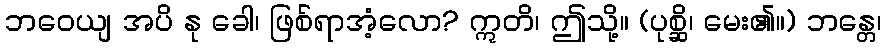
ဘဝေယျ အပိ နု ခေါ၊ ဖြစ်ရာအံ့လော? ဣတိ၊ ဤသို့။ (ပုစ္ဆိ၊ မေး၏။) ဘန္တေ၊